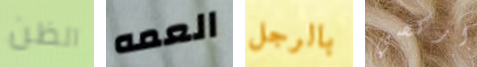
الظن العمه بالرجل اركضي